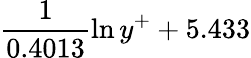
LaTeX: \frac{1}{0.4013}\ln{y^{+}}+5.433